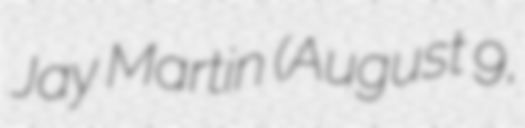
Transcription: Jay Martin (August 9,